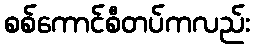
စစ်ကောင်စီတပ်ကလည်း